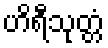
ဟိရီသုတ္တံ